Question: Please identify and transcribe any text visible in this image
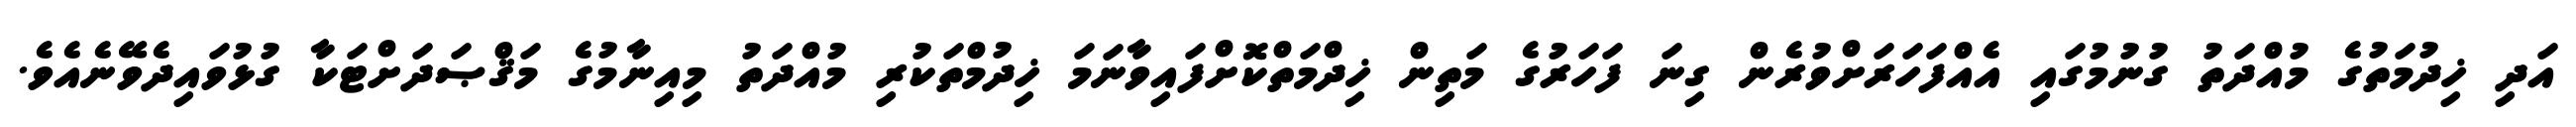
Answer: އަދި ޚިދުމަތުގެ މުއްދަތު ގުނުމުގައި އެއްފަހަރަށްވުރެން ގިނަ ފަހަރުގެ މަތިން ޚިދްމަތްކޮށްފައިވާނަމަ ޚިދުމްތަކުރި މުއްދަތު މިއިނާމުގެ މަޤްޞަދަށްޓަކާ ގުޅުވައިދެވޭނެއެވެ.